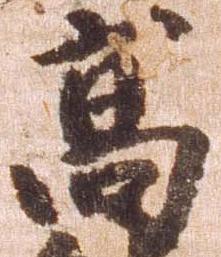
高